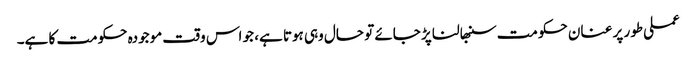
عملی طور پر عنان حکومت سنبھالنا پڑ جائے تو حال وہی ہوتا ہے، جو اس وقت موجودہ حکومت کا ہے۔